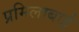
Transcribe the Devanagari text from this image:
प्रमिलाबाई